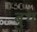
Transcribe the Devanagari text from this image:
बुथ